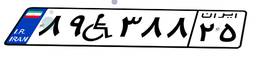
۰۰W۲۰۷۴۹